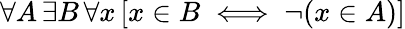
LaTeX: \forall A\, \exists B\, \forall x\, [x\in B\iff\neg(x\in A)]